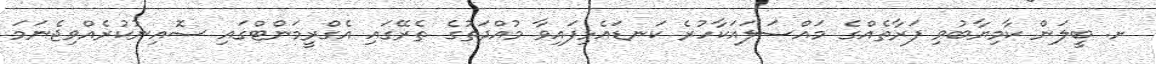
ށ. ބީލަން ކާމިޔާބުވި ފަރާތެއްގެ މައްސަލައަކާހުރެ ކަނޑައެޅިފައިވާ މުއްދަތުގެ ތެރޭގައި އެގްރީމަންޓްގައި ސޮއިނުކުރެއްވިޖެނަމަ